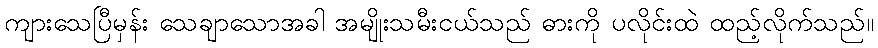
ကျားသေပြီမှန်း သေချာသောအခါ အမျိုးသမီးငယ်သည် ဓားကို ပလိုင်းထဲ ထည့်လိုက်သည်။